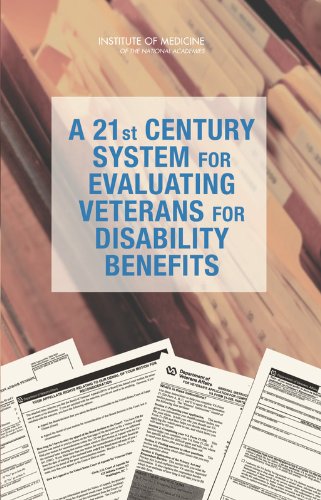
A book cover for A 21st Century System for Evaluating Veterans for Disability Benefits; Committee on Medical Evaluation of Veterans for Disability
Compensation; Law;